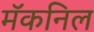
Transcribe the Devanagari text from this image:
मॅकनिल